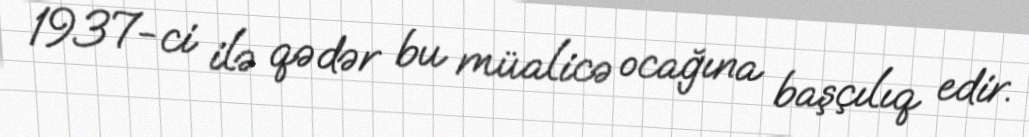
1937-ci ilə qədər bu müalicə ocağına başçılıq edir.